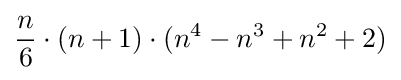
{\frac {n}{6}}\cdot (n+1)\cdot (n^{4}-n^{3}+n^{2}+2)